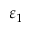
\varepsilon _ { 1 }